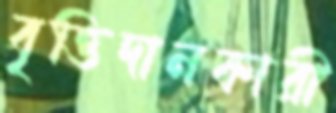
বৃত্তিদানকারী